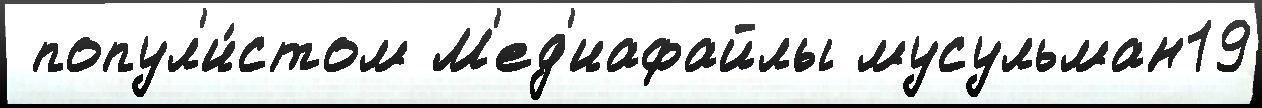
 попул'и́стом М'ед'иафайлы мусульман19